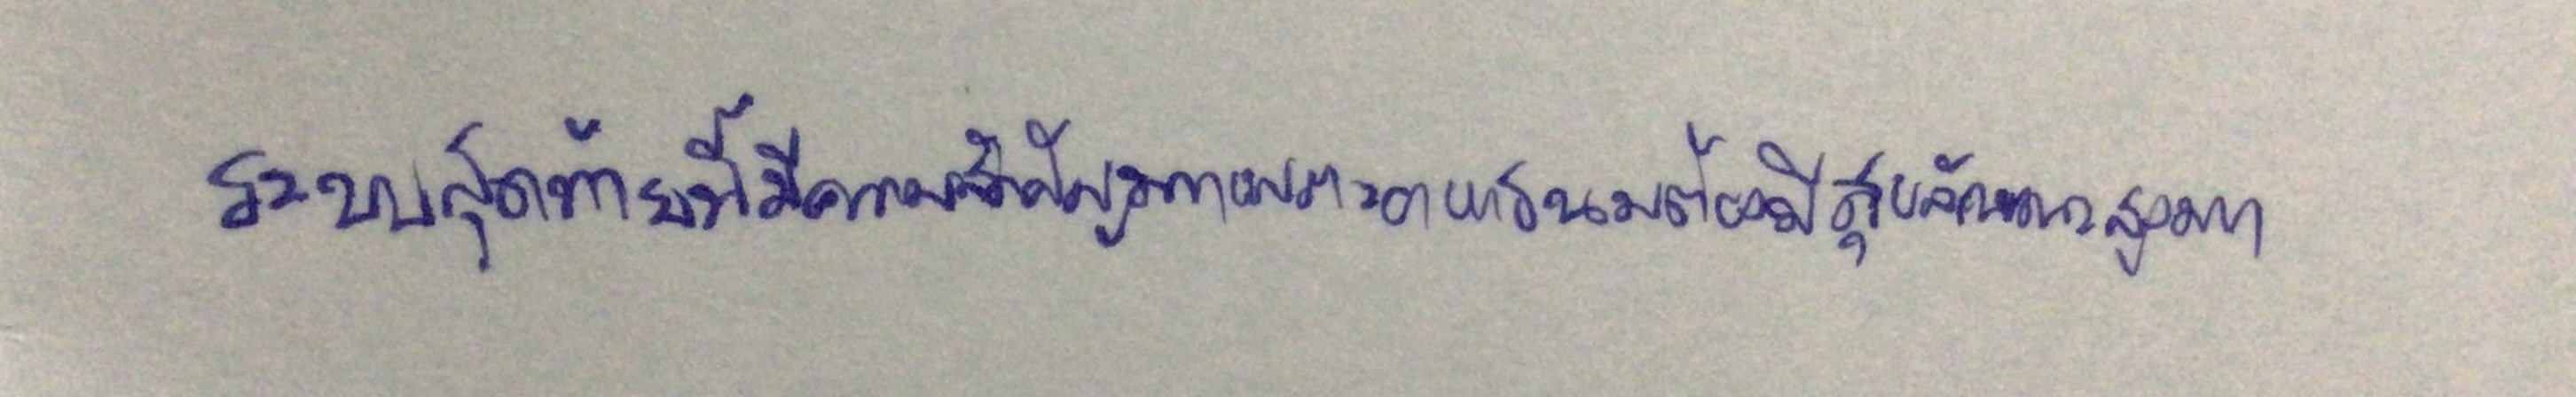
ระบบสุดท้ายนี้มีความสำคัญมากเพราะอาหารนมต้องมีสุขลักษณะสูงมาก